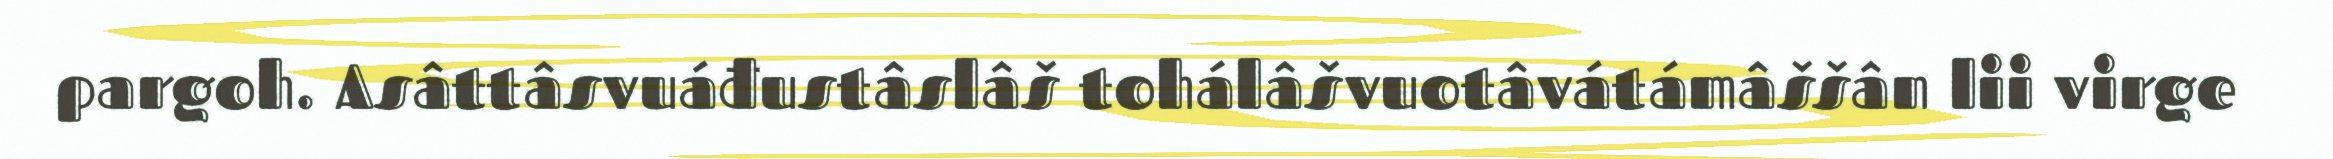
pargoh. Asâttâsvuáđustâslâš tohálâšvuotâvátámâššân lii virge